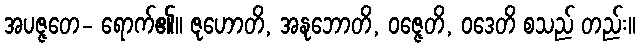
အပဇ္ဇတေ- ရောက်၏။ ဇုဟောတိ, အနုဘောတိ, ဝဇ္ဇေတိ, ဝဒေတိ စသည် တည်း။